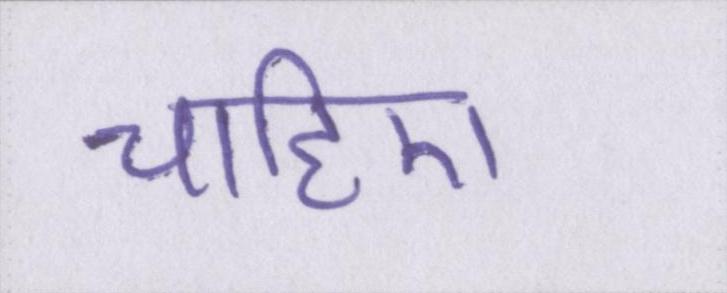
चाहिए